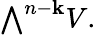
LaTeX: {\textstyle\bigwedge}^{n-\mathbf{k}}V.